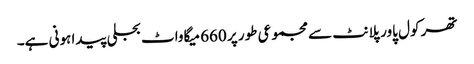
تھر کول پاور پلانٹ سے مجموعی طور پر 660 میگاواٹ بجلی پیدا ہونی ہے۔